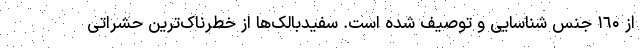
از ۱٦۰ جنس شناسایی و توصیف شده است. سفیدبالک‌ها از خطرناک‌ترین حشراتی